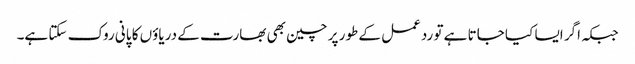
جبکہ اگر ایسا کیا جاتا ہے تو ردعمل کے طور پر چین بھی بھارت کے دریاؤں کا پانی روک سکتا ہے۔